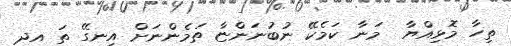
ތިހާ މޮޅިއްޔާ  މަނާ ކަމެކޭ ނުބުނަންޏާ ތަމެންނަށް އިނގޭ ތަ އދ